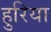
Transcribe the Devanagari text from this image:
हुरिया